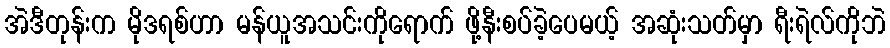
အဲဒီတုန်းက မိုဒရစ်ဟာ မန်ယူအသင်းကိုရောက် ဖို့နီးစပ်ခဲ့ပေမယ့် အဆုံးသတ်မှာ ရီးရဲလ်ကိုဘဲ